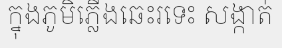
ក្នុងភូមិភ្លើងឆេះរទេះ សង្កាត់